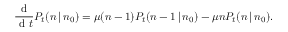
\frac { \mathrm { ~ d ~ } } { \mathrm { ~ d ~ } t } P _ { t } ( n \, | \, n _ { 0 } ) = \mu ( n - 1 ) P _ { t } ( n - 1 \, | \, n _ { 0 } ) - \mu n P _ { t } ( n \, | \, n _ { 0 } ) .